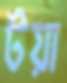
টয়া